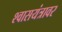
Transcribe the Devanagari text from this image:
श्वासयंत्रावर